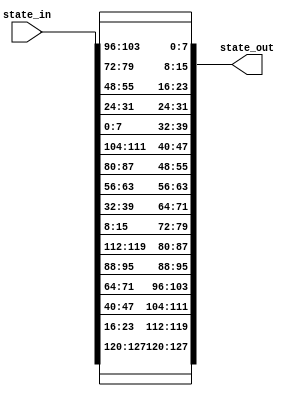
module inv_shift_rows( state_in, state_out);
	
 input [0:127] state_in;

 output [0:127] state_out;

 // First row is not shifted
 assign state_out [0:7] = state_in [0:7];
 assign state_out [32:39] = state_in [32:39];
 assign state_out [64:71] = state_in [64:71];
 assign state_out [96:103] = state_in [96:103];

 // Second row shifted by 1
 assign state_out [8:15] = state_in [104:111];
 assign state_out [40:47] = state_in [8:15];
 assign state_out [72:79] = state_in [40:47];
 assign state_out [104:111] = state_in [72:79];

 // Third row shifted by 2
 assign state_out [16:23] = state_in [80:87];
 assign state_out [48:55] = state_in [112:119];
 assign state_out [80:87] = state_in [16:23];
 assign state_out [112:119] = state_in [48:55];

 // Fourth row shifted by 3
 assign state_out [24:31] = state_in [56:63];
 assign state_out [56:63] = state_in [88:95];
 assign state_out [88:95] = state_in [120:127];
 assign state_out [120:127] = state_in [24:31];

	
endmodule